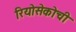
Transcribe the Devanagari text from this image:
रियोसेकोची